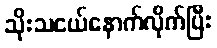
သိုးသငယ်နောက်လိုက်ပြီး